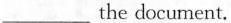
___the document.